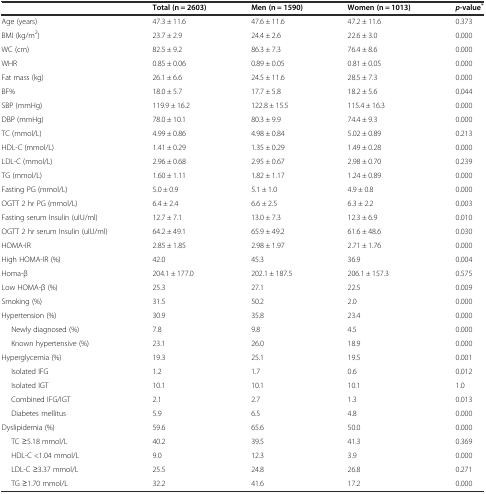
<table><thead><tr><td></td><td><b>Total (n = 2603)</b></td><td><b>Men (n = 1590)</b></td><td><b>Women (n = 1013)</b></td><td><b><i>p</i>-value<sup>*</sup></b></td></tr></thead><tbody><tr><td>Age (years)</td><td>47.3 ± 11.6</td><td>47.6 ± 11.6</td><td>47.2 ± 11.6</td><td>0.373</td></tr><tr><td>BMI (kg/m<sup>2</sup>)</td><td>23.7 ± 2.9</td><td>24.4 ± 2.6</td><td>22.6 ± 3.0</td><td>0.000</td></tr><tr><td>WC (cm)</td><td>82.5 ± 9.2</td><td>86.3 ± 7.3</td><td>76.4 ± 8.6</td><td>0.000</td></tr><tr><td>WHR</td><td>0.85 ± 0.06</td><td>0.89 ± 0.05</td><td>0.81 ± 0.05</td><td>0.000</td></tr><tr><td>Fat mass (kg)</td><td>26.1 ± 6.6</td><td>24.5 ± 11.6</td><td>28.5 ± 7.3</td><td>0.000</td></tr><tr><td>BF%</td><td>18.0 ± 5.7</td><td>17.7 ± 5.8</td><td>18.2 ± 5.6</td><td>0.044</td></tr><tr><td>SBP (mmHg)</td><td>119.9 ± 16.2</td><td>122.8 ± 15.5</td><td>115.4 ± 16.3</td><td>0.000</td></tr><tr><td>DBP (mmHg)</td><td>78.0 ± 10.1</td><td>80.3 ± 9.9</td><td>74.4 ± 9.3</td><td>0.000</td></tr><tr><td>TC (mmol/L)</td><td>4.99 ± 0.86</td><td>4.98 ± 0.84</td><td>5.02 ± 0.89</td><td>0.213</td></tr><tr><td>HDL-C (mmol/L)</td><td>1.41 ± 0.29</td><td>1.35 ± 0.29</td><td>1.49 ± 0.28</td><td>0.000</td></tr><tr><td>LDL-C (mmol/L)</td><td>2.96 ± 0.68</td><td>2.95 ± 0.67</td><td>2.98 ± 0.70</td><td>0.239</td></tr><tr><td>TG (mmol/L)</td><td>1.60 ± 1.11</td><td>1.82 ± 1.17</td><td>1.24 ± 0.89</td><td>0.000</td></tr><tr><td>Fasting PG (mmol/L)</td><td>5.0 ± 0.9</td><td>5.1 ± 1.0</td><td>4.9 ± 0.8</td><td>0.000</td></tr><tr><td>OGTT 2 hr PG (mmol/L)</td><td>6.4 ± 2.4</td><td>6.6 ± 2.5</td><td>6.3 ± 2.2</td><td>0.003</td></tr><tr><td>Fasting serum Insulin (uIU/ml)</td><td>12.7 ± 7.1</td><td>13.0 ± 7.3</td><td>12.3 ± 6.9</td><td>0.010</td></tr><tr><td>OGTT 2 hr serum Insulin (uIU/ml)</td><td>64.2 ± 49.1</td><td>65.9 ± 49.2</td><td>61.6 ± 48.6</td><td>0.030</td></tr><tr><td>HOMA-IR</td><td>2.85 ± 1.85</td><td>2.98 ± 1.97</td><td>2.71 ± 1.76</td><td>0.000</td></tr><tr><td>High HOMA-IR (%)</td><td>42.0</td><td>45.3</td><td>36.9</td><td>0.004</td></tr><tr><td>Homa-β</td><td>204.1 ± 177.0</td><td>202.1 ± 187.5</td><td>206.1 ± 157.3</td><td>0.575</td></tr><tr><td>Low HOMA-β (%)</td><td>25.3</td><td>27.1</td><td>22.5</td><td>0.009</td></tr><tr><td>Smoking (%)</td><td>31.5</td><td>50.2</td><td>2.0</td><td>0.000</td></tr><tr><td>Hypertension (%)</td><td>30.9</td><td>35.8</td><td>23.4</td><td>0.000</td></tr><tr><td>Newly diagnosed (%)</td><td>7.8</td><td>9.8</td><td>4.5</td><td>0.000</td></tr><tr><td>Known hypertensive (%)</td><td>23.1</td><td>26.0</td><td>18.9</td><td>0.000</td></tr><tr><td>Hyperglycemia (%)</td><td>19.3</td><td>25.1</td><td>19.5</td><td>0.001</td></tr><tr><td>Isolated IFG</td><td>1.2</td><td>1.7</td><td>0.6</td><td>0.012</td></tr><tr><td>Isolated IGT</td><td>10.1</td><td>10.1</td><td>10.1</td><td>1.0</td></tr><tr><td>Combined IFG/IGT</td><td>2.1</td><td>2.7</td><td>1.3</td><td>0.013</td></tr><tr><td>Diabetes mellitus</td><td>5.9</td><td>6.5</td><td>4.8</td><td>0.000</td></tr><tr><td>Dyslipidemia (%)</td><td>59.6</td><td>65.6</td><td>50.0</td><td>0.000</td></tr><tr><td>TC ≥5.18 mmol/L</td><td>40.2</td><td>39.5</td><td>41.3</td><td>0.369</td></tr><tr><td>HDL-C &lt;1.04 mmol/L</td><td>9.0</td><td>12.3</td><td>3.9</td><td>0.000</td></tr><tr><td>LDL-C ≥3.37 mmol/L</td><td>25.5</td><td>24.8</td><td>26.8</td><td>0.271</td></tr><tr><td>TG ≥1.70 mmol/L</td><td>32.2</td><td>41.6</td><td>17.2</td><td>0.000</td></tr></tbody></table>